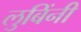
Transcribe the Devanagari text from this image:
लुबिंनी